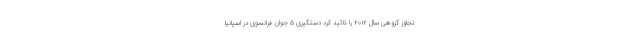
تجاوز گروهی سال ۲۰۱۲ را تائید کرد دستگیری ۵ جوان فرانسوی در اسپانیا